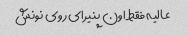
عالیه فقط اون پنیرای روی نونش